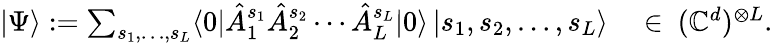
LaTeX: \textstyle|\Psi\rangle:=\sum_{s_{1},\dotsc,s_{L}}\langle 0|\hat{A}_{1}^{s_{1}}\hat{A}_{2}^{s_{2}}\dotsb\hat{A}_{L}^{s_{L}}|0\rangle\, |s_{1},s_{2},\dotsc,s_{L}\rangle\quad\in\ (\mathbb{C}^{d})^{\otimes L}.